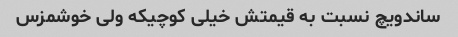
ساندویچ نسبت به قیمتش خیلی کوچیکه ولی خوشمزس